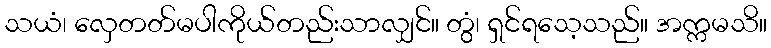
သယံ၊ လှေတတ်မပါကိုယ်တည်းသာလျှင်။ တွံ၊ ရှင်ရသေ့သည်။ အက္ကမသိ။